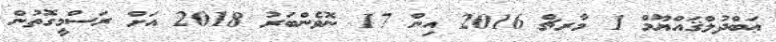
ޢަބްދުލްޤައްޔޫމް 1 މާރޗް 2016 އިން 17 ނޮވެންބަރު 2018 އަށް ރަސްމީގޮތުން